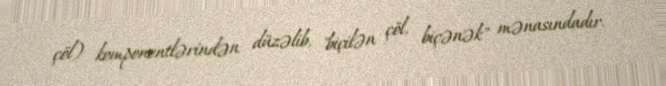
çöl) komponentlərindən düzəlib, "biçilən çöl, biçənək" mənasındadır.